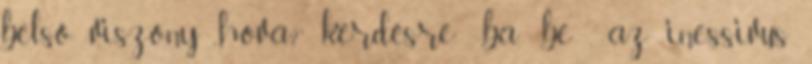
belső viszony „hová?” kérdésre: -ba, -be , az inessivus